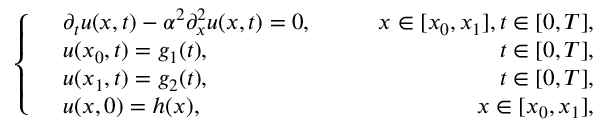
\left\{ \begin{array} { r l r } & { \partial _ { t } u ( x , t ) - \alpha ^ { 2 } \partial _ { x } ^ { 2 } u ( x , t ) = 0 , \qquad } & { x \in [ x _ { 0 } , x _ { 1 } ] , t \in [ 0 , T ] , } \\ & { u ( x _ { 0 } , t ) = g _ { 1 } ( t ) , } & { t \in [ 0 , T ] , } \\ & { u ( x _ { 1 } , t ) = g _ { 2 } ( t ) , } & { t \in [ 0 , T ] , } \\ & { u ( x , 0 ) = h ( x ) , } & { x \in [ x _ { 0 } , x _ { 1 } ] , } \end{array} \right.